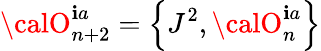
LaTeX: {\calO}_{n+2}^{\mathbf{i}a}=\left\{ J^{2},{\calO}_{n}^{\mathbf{i}a}\right\}